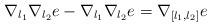
LaTeX: \begin{align*} \nabla_{l_1} \nabla_{l_2} e - \nabla_{l_1} \nabla_{l_2}e = \nabla_{[l_1,l_2]} e\end{align*}